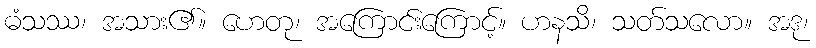
ဓံသဿ၊ အသား၏။ ဟေတု၊ အကြောင်းကြောင့်။ ဟနသိ၊ သတ်သလော။ အဒု၊